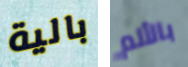
بالية بالألم